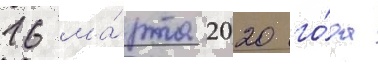
16 ма́рта 2020 го́да